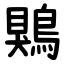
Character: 鶪